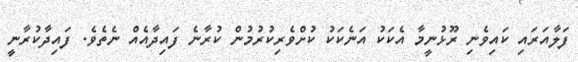
ފަލާއަރައި ކައިވެނި ރޫޅުނީމާ އެކަކު އަނެކަކު ކުށްވެރިކުރުމުން ކުރާނެ ފައިދާއެއް ނެތެވެ. ފައިދާކުރާނީ